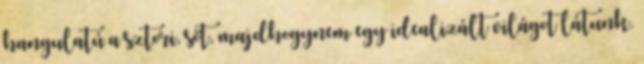
hangulatú a sztori, sőt, majdhogynem egy idealizált világot látunk.